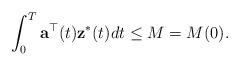
LaTeX: \begin{align*}{}\int_{0}^{T}{\bf a}^{\top}(t){\bf z}^{*}(t)dt\leq M=M(0).\end{align*}